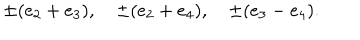
\pm ( e _ { 2 } + e _ { 3 } ) , \quad \pm ( e _ { 2 } + e _ { 4 } ) , \quad \pm ( e _ { 3 } - e _ { 4 } ) .